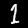
Digit: 1